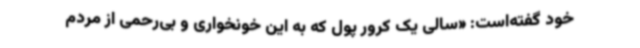
خود گفته‌است: «سالی یک کرور پول که به این خونخواری و بی‌رحمی از مردم